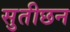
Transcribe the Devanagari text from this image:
सुतीछन